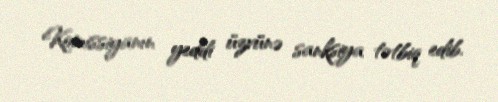
Komissiyanın yeddi üzvünə sanksiya tətbiq edib.